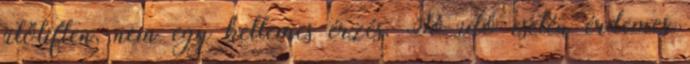
ülőliften, nem egy kellemes érzés. Jó idő esetén érdemes